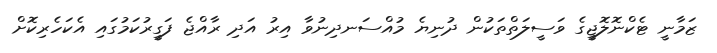
ޒަމާނީ ޓެކްނޮލޮޖީގެ ވަސީލަތްތަކުން ދުނިޔެ މުއްސަނދިނުވާ އިރު އަދި ރާއްޖެ ފަގީރުކަމުގައި އެކަހެރިކޮށް